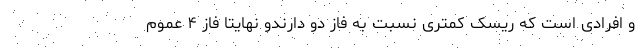
و افرادی است که ریسک کمتری نسبت به فاز دو دارندو نهایتاً فاز ۴ عموم